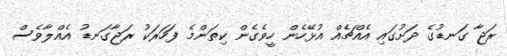
ރަޖާ ގަނޑުގެ ދަށުގައި އެއްޗެއް އުޅޭހެން ހީވެގެން ކިތަންމެ ފަހަރަކު ރަޖާގަނޑު އެއްލާވެސް